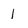
Character: 1